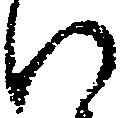
い